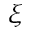
\xi